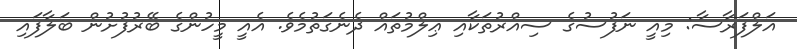
އަލްފަރާސާ: މިއީ ނަފުސުގެ ސިއްރުތަކާއި ޢިލްމުތައް ދެނެގަތުމެވެ. އެއީ މީހުންގެ ބޭރުފުށުން ބަލާފައި